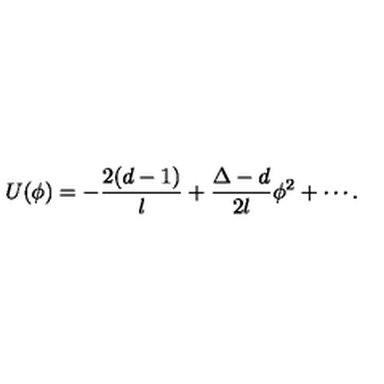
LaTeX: U ( \phi ) = - \frac { 2 ( d - 1 ) } l + \frac { \Delta - d } { 2 l } \phi ^ { 2 } + \cdots .